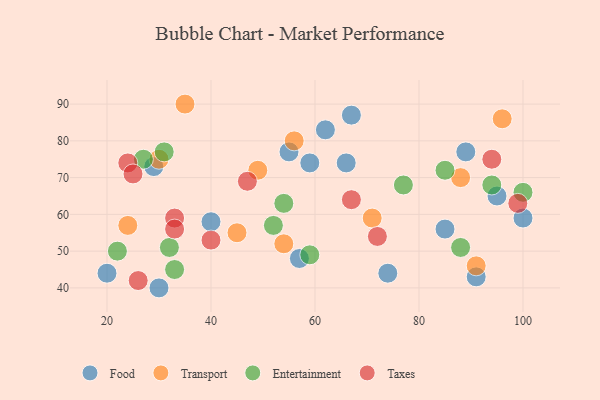
{"axis": {"x": "GDP", "y": "Life Expectancy"}, "legend": ["Entertainment", "Food", "Taxes", "Transport"], "data": [{"x": "66", "y": 74, "type": "Food"}, {"x": "59", "y": 74, "type": "Food"}, {"x": "20", "y": 44, "type": "Food"}, {"x": "100", "y": 59, "type": "Food"}, {"x": "91", "y": 43, "type": "Food"}, {"x": "74", "y": 44, "type": "Food"}, {"x": "57", "y": 48, "type": "Food"}, {"x": "95", "y": 65, "type": "Food"}, {"x": "89", "y": 77, "type": "Food"}, {"x": "40", "y": 58, "type": "Food"}, {"x": "62", "y": 83, "type": "Food"}, {"x": "67", "y": 87, "type": "Food"}, {"x": "85", "y": 56, "type": "Food"}, {"x": "55", "y": 77, "type": "Food"}, {"x": "30", "y": 40, "type": "Food"}, {"x": "29", "y": 73, "type": "Food"}, {"x": "56", "y": 80, "type": "Transport"}, {"x": "45", "y": 55, "type": "Transport"}, {"x": "24", "y": 57, "type": "Transport"}, {"x": "96", "y": 86, "type": "Transport"}, {"x": "88", "y": 70, "type": "Transport"}, {"x": "91", "y": 46, "type": "Transport"}, {"x": "71", "y": 59, "type": "Transport"}, {"x": "30", "y": 75, "type": "Transport"}, {"x": "54", "y": 52, "type": "Transport"}, {"x": "49", "y": 72, "type": "Transport"}, {"x": "35", "y": 90, "type": "Transport"}, {"x": "100", "y": 66, "type": "Entertainment"}, {"x": "22", "y": 50, "type": "Entertainment"}, {"x": "88", "y": 51, "type": "Entertainment"}, {"x": "59", "y": 49, "type": "Entertainment"}, {"x": "77", "y": 68, "type": "Entertainment"}, {"x": "33", "y": 45, "type": "Entertainment"}, {"x": "52", "y": 57, "type": "Entertainment"}, {"x": "31", "y": 77, "type": "Entertainment"}, {"x": "94", "y": 68, "type": "Entertainment"}, {"x": "32", "y": 51, "type": "Entertainment"}, {"x": "54", "y": 63, "type": "Entertainment"}, {"x": "27", "y": 75, "type": "Entertainment"}, {"x": "85", "y": 72, "type": "Entertainment"}, {"x": "26", "y": 42, "type": "Taxes"}, {"x": "47", "y": 69, "type": "Taxes"}, {"x": "24", "y": 74, "type": "Taxes"}, {"x": "67", "y": 64, "type": "Taxes"}, {"x": "40", "y": 53, "type": "Taxes"}, {"x": "33", "y": 59, "type": "Taxes"}, {"x": "99", "y": 63, "type": "Taxes"}, {"x": "94", "y": 75, "type": "Taxes"}, {"x": "33", "y": 56, "type": "Taxes"}, {"x": "72", "y": 54, "type": "Taxes"}, {"x": "25", "y": 71, "type": "Taxes"}]}